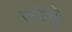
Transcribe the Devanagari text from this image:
काटेकुटे